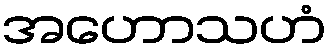
အဟောသဟံ